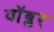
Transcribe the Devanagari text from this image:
वॉब्लर